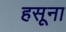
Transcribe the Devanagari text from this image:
हसूना